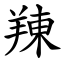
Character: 䍶